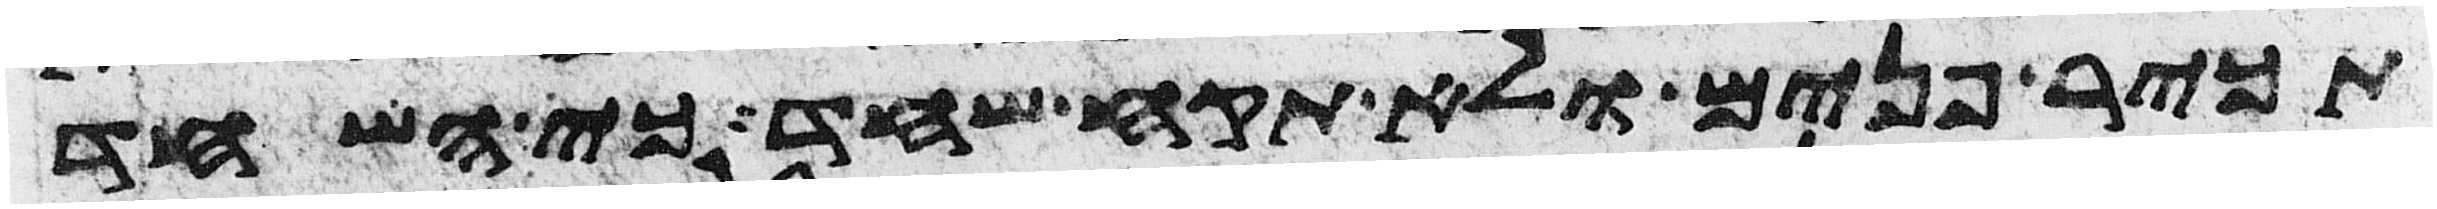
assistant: תכיר פנים ולא תקח שחד כי השחד